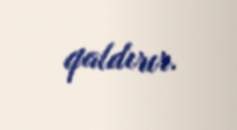
qaldırır.